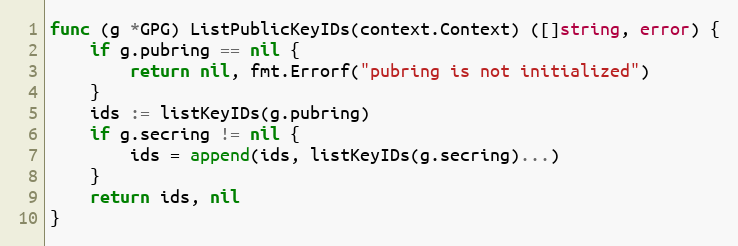
Language: Go
func (g *GPG) ListPublicKeyIDs(context.Context) ([]string, error) {
	if g.pubring == nil {
		return nil, fmt.Errorf("pubring is not initialized")
	}
	ids := listKeyIDs(g.pubring)
	if g.secring != nil {
		ids = append(ids, listKeyIDs(g.secring)...)
	}
	return ids, nil
}